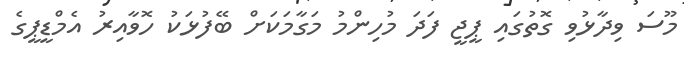
މޫސަ ވިދާޅުވި ގޮތުގައި ޕީޖީ ފަދަ މުހިންމު މަގާމަކަށް ބޭފުޅަކު ހޮވާއިރު އެމްޑީޕީގެ